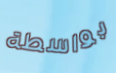
بواسطة